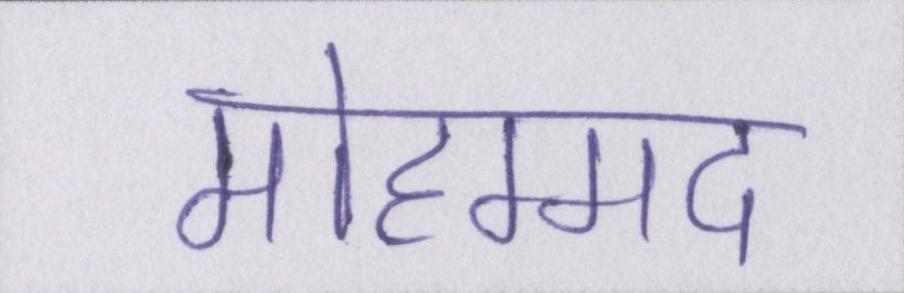
मोहम्मद